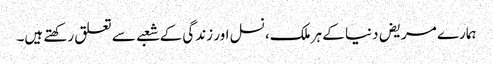
ہمارے مریض دنیا کے ہر ملک، نسل اور زندگی کے شعبے سے تعلق رکھتے ہیں۔